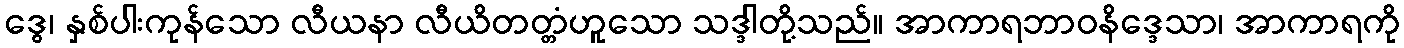
ဒွေ၊ နှစ်ပါးကုန်သော လီယနာ လီယိတတ္တံဟူသော သဒ္ဒါတို့သည်။ အာကာရဘာဝနိဒ္ဒေသာ၊ အာကာရကို